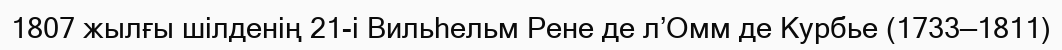
1807 жылғы шілденің 21-і Вильһельм Рене де л’Омм де Курбье (1733—1811)